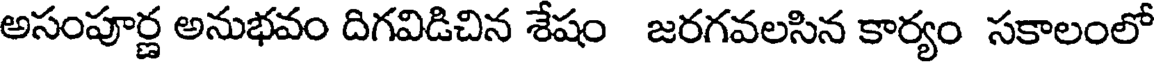
అసంపూర్ణ అనుభవం దిగవిడిచిన శేషం జరగవలసిన కార్యం సకాలంలో